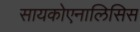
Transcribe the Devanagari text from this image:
सायकोएनालिसिस